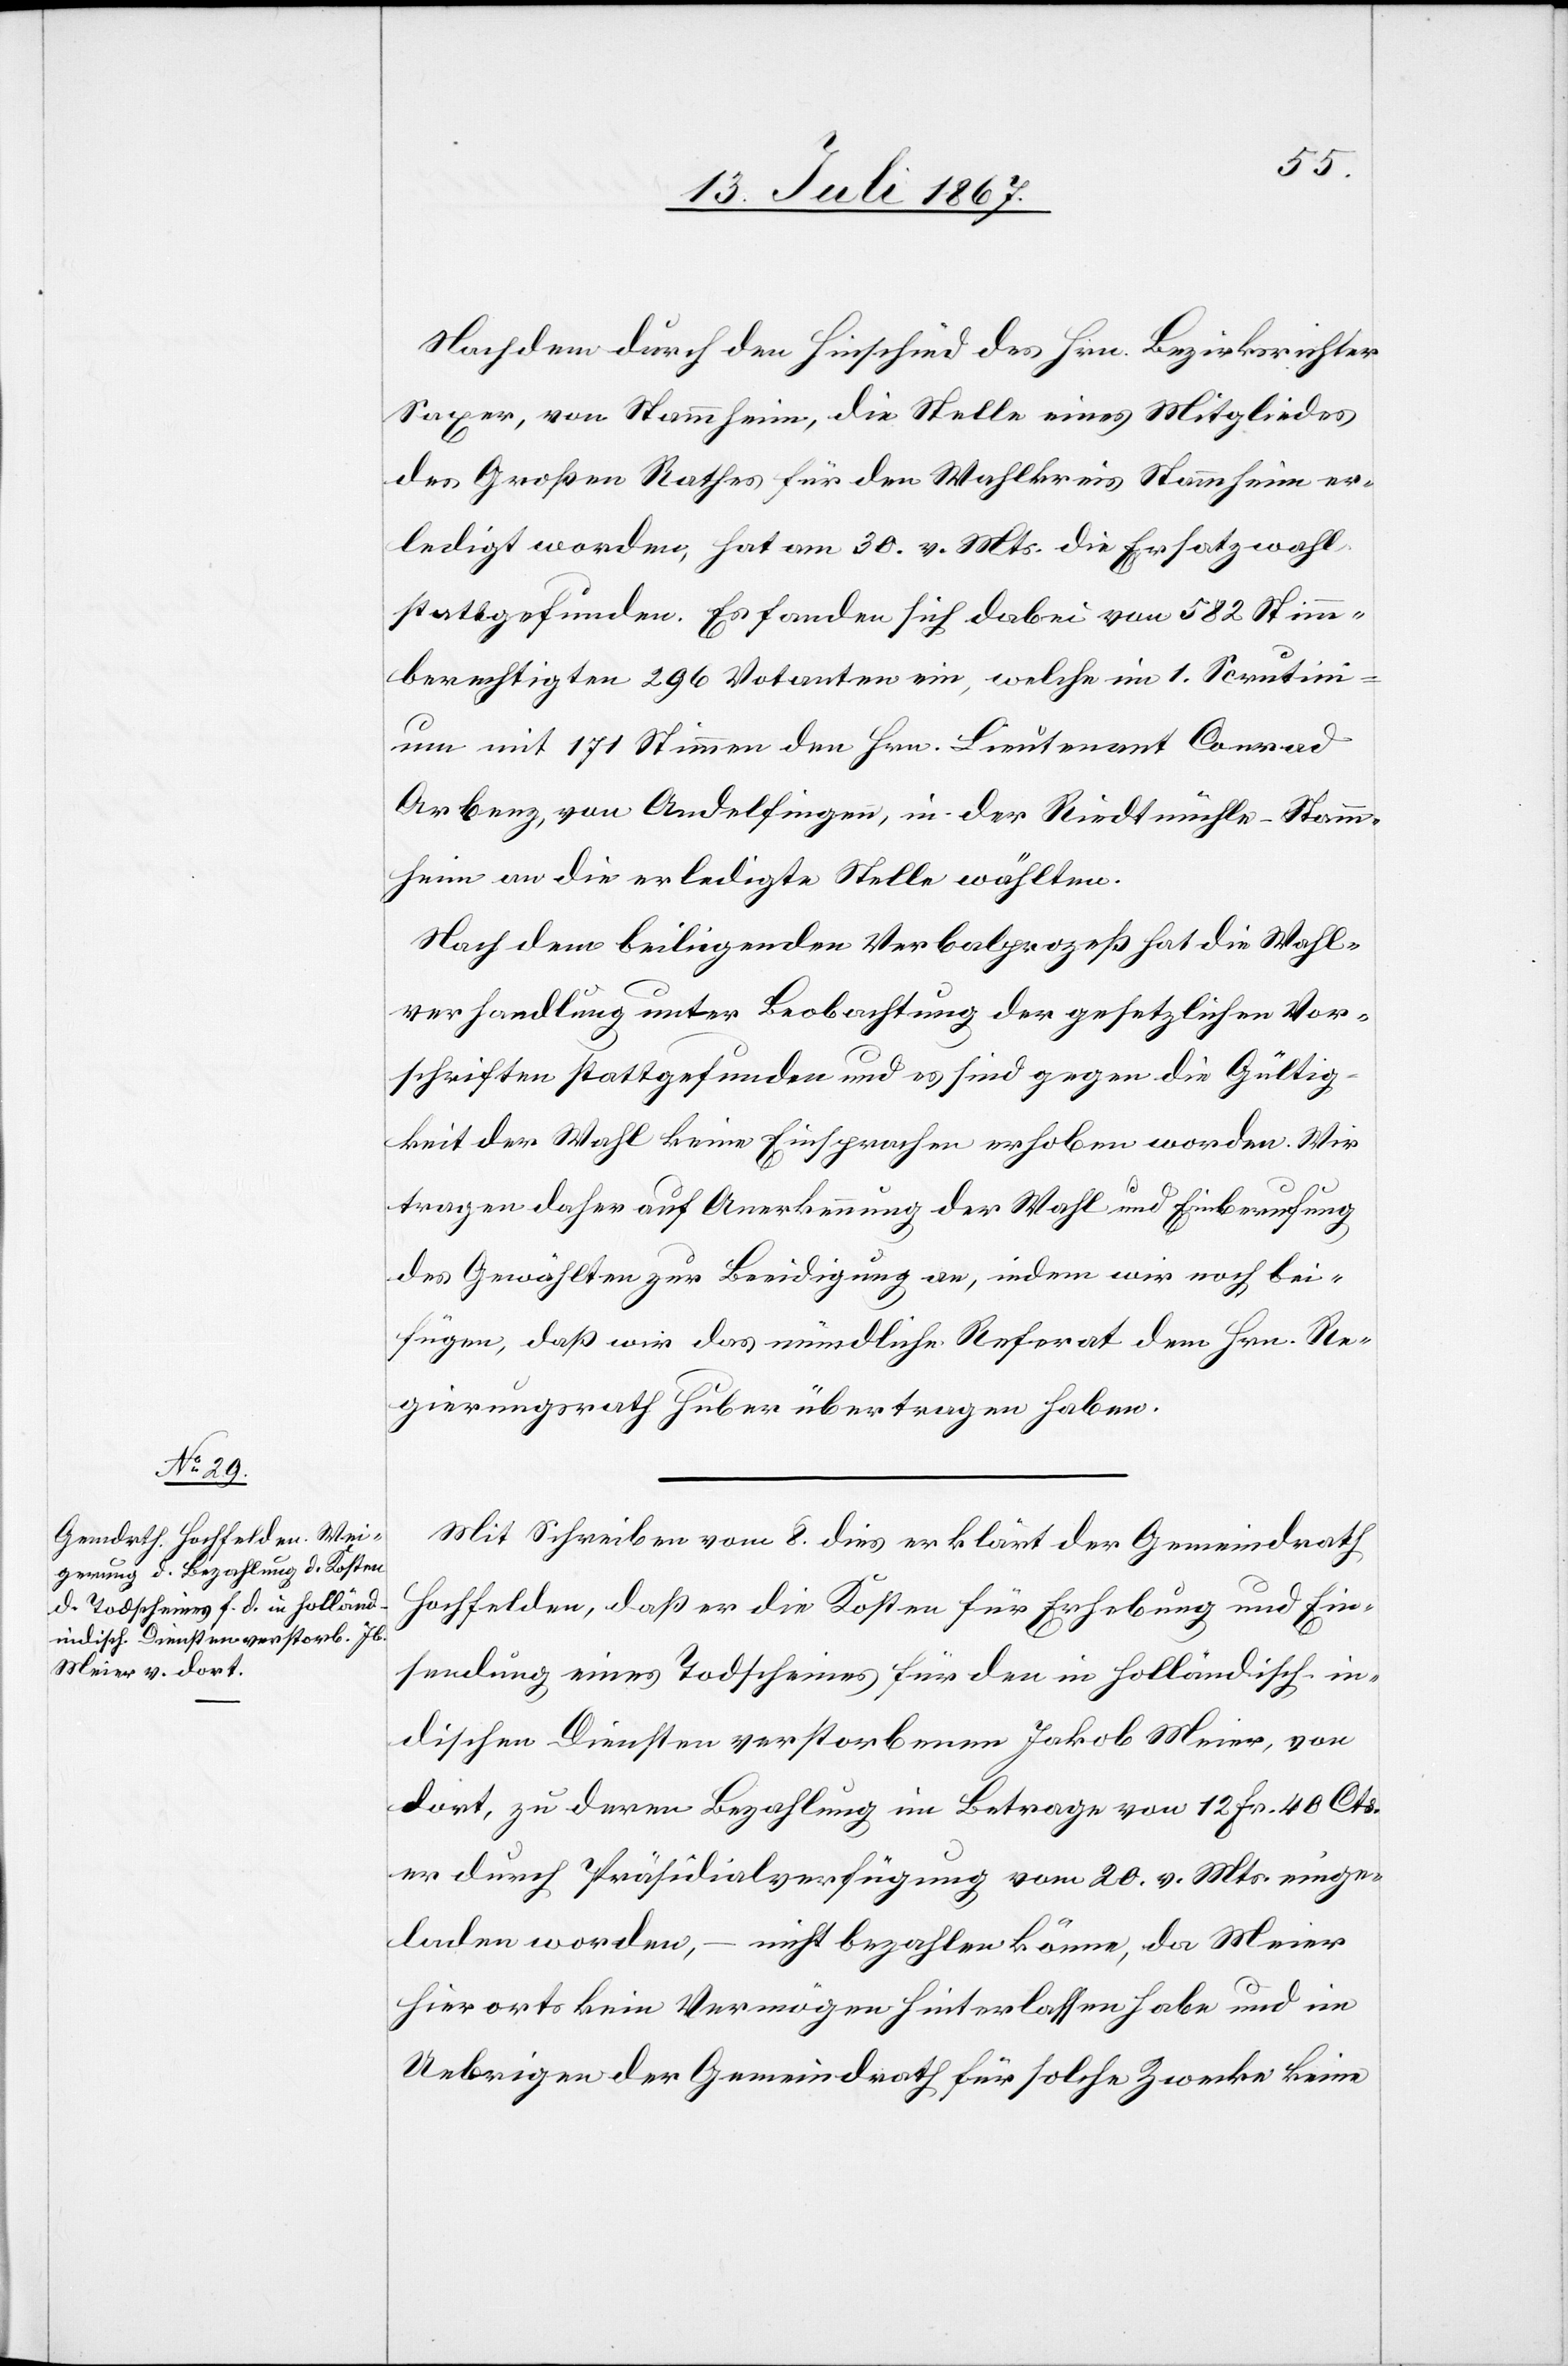
Nachdem durch den Hinschied des Hrn. Bezirksrichter
Saxer, von Stammheim, die Stelle eines Mitgliedes
des Großen Rathes für den Wahlkreis Stammheim er¬
ledigt worden, hat am 30. v. Mts. die Ersatzwahl
stattgefunden. Es fanden sich dabei von 582 Stimm¬
berechtigten 296 Votanten ein, welche im 1. Scrutin¬
ium mit 171 Stimmen den Hrn. Lieutenant Conrad
Arbenz, von Andelfingen, in der Riedtmühle-Stamm¬
heim an die erledigte Stelle wählten.
Nach dem beiligenden Verbalprozeß hat die Wahl¬
verhandlung unter Beobachtung der gesetzlichen Vor¬
schriften stattgefunden und es sind gegen die Gültig¬
keit der Wahl keine Einsprachen erhoben worden. Wir
tragen daher auf Anerkennung der Wahl und Einberufung
des Gewählten zur Beeidigung an, indem wir noch bei¬
fügen, daß wir das mündliche Referat dem Hrn. Re¬
gierungsrath Huber übertragen haben.
Mit Schreiben vom 8. dies erklärt der Gemeindrath
Hochfelden, daß er die Kosten für Erhebung und Ein¬
sendung eines Todscheines für den in holländisch-in¬
dischen Diensten verstorbenen Jakob Meier, von
dort, zu deren Bezahlung im Betrage von 12 Fr. 40 Cts.
er durch Präsidialverfügung vom 20. v. Mts. einge¬
laden worden, – nicht bezahlen könne, da Meier
hierorts kein Vermögen hinterlassen habe und im
Uebrigen der Gemeindrath für solche Zwecke keine